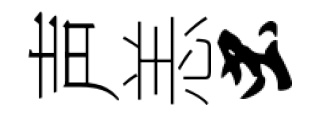
声恙虫